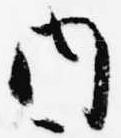
内